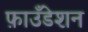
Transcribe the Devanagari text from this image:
फ़ाउँडेशन